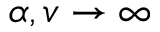
\alpha , v \to \infty